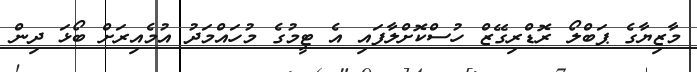
މާޒިޔާގެ ޕަބްލޯ ރޮޑްރިގޭޒް ހުސްކޮށްލާފައި އެ ޓީމުގެ މުހައްމަދު އުމެއިރަށް ބޯޅަ ދިން